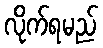
လိုက်ရမည်